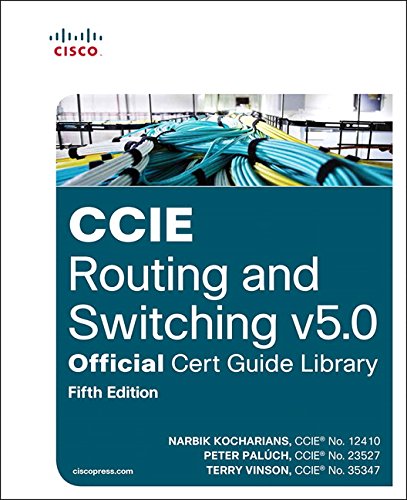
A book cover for CCIE Routing and Switching v5.0 Official Cert Guide Library (5th Edition); Narbik Kocharians; Computers & Technology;